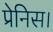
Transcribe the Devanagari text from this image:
प्रेनिस।